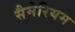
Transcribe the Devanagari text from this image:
सैमेरियम